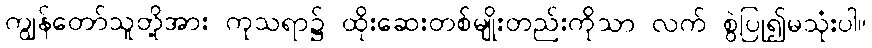
ကျွန်တော်သူတို့အား ကုသရာ၌ ထိုးဆေးတစ်မျိုးတည်းကိုသာ လက် စွဲပြု၍မသုံးပါ။